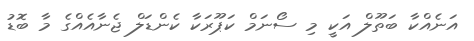
އަނެއްކާ ބަތޫލް އަކީ މި ސޯނަމް ކަޕޫރަކާ ކެންޑަލް ޖެނާއެއްގެ މާ ބޮޑު